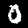
Label: 0